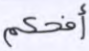
أفحكم